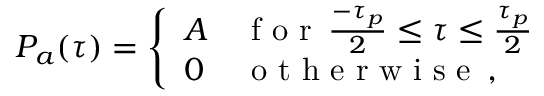
P _ { a } ( \tau ) = \left\{ \begin{array} { l l } { A } & { \mathrm { ~ f ~ o ~ r ~ } \, \frac { - \tau _ { p } } { 2 } \leq \tau \leq \frac { \tau _ { p } } { 2 } } \\ { 0 } & { \mathrm { ~ o ~ t ~ h ~ e ~ r ~ w ~ i ~ s ~ e ~ } \, , } \end{array} \right.